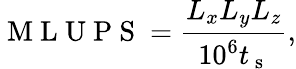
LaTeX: \mathrm{~M~L~U~P~S~}=\frac{L_{x}L_{y}L_{z}}{10^{6}t_{\mathrm{~s~}}},